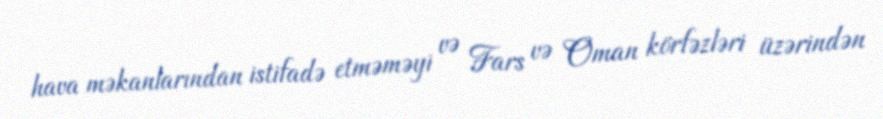
hava məkanlarından istifadə etməməyi və Fars və Oman körfəzləri üzərindən